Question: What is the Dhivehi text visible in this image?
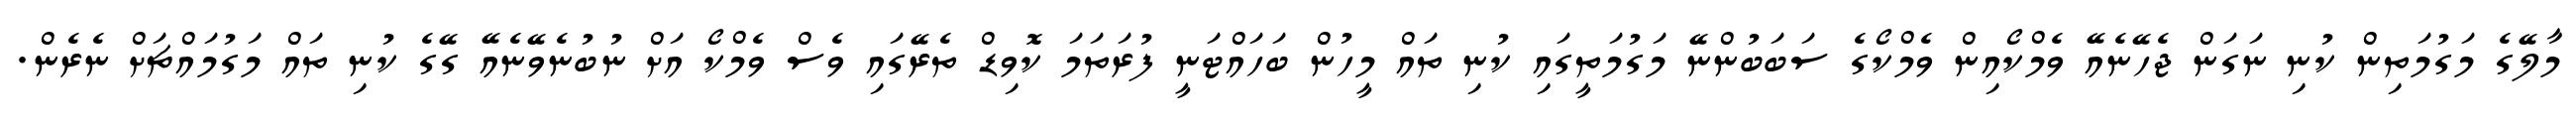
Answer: މާލޭގެ މަގުމަތިން ކުނި ނަގަން ޖެހޭނެއޭ ވެމްކޯއިން ވެމްކޯގެ ސަބަބުންނޭ މަގުމަތީގައި ކުނި ތައް މީހުން ބަހައްޓަނީ ފުރަތަމަ ކޮވިޑް ތެރޭގައި ވެސް ވެމްކޯ އަށް ނުބުނެވޭނެއޭ ގޭގެ ކުނި ތައް މަގުމައްޗަށް ނެރެން.